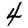
Digit: 4